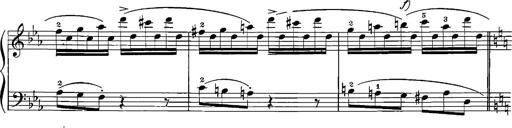
Title: 12 Sonatinas
Composer: Ignaz Pleyel